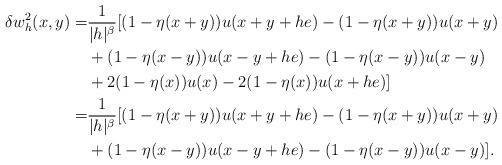
LaTeX: \begin{align*}\delta w^2_h(x,y) =& \frac{1}{|h|^\beta}[(1-\eta(x+y))u(x+y+he)-(1-\eta(x+y))u(x+y)\\ & +(1-\eta(x-y))u(x-y+he)-(1-\eta(x-y))u(x-y)\\ &+2(1-\eta(x))u(x)-2(1-\eta(x))u(x+he)]\\=& \frac{1}{|h|^\beta}[(1-\eta(x+y))u(x+y+he)-(1-\eta(x+y))u(x+y)\\ & +(1-\eta(x-y))u(x-y+he)-(1-\eta(x-y))u(x-y)].\end{align*}